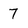
Character: 7